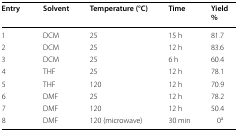
<table><thead><tr><td><b>Entry</b></td><td><b>Solvent</b></td><td><b>Temperature (°C)</b></td><td><b>Time</b></td><td><b>Yield %</b></td></tr></thead><tbody><tr><td>1</td><td>DCM</td><td>25</td><td>15 h</td><td>81.7</td></tr><tr><td>2</td><td>DCM</td><td>25</td><td>12 h</td><td>83.6</td></tr><tr><td>3</td><td>DCM</td><td>25</td><td>6 h</td><td>60.4</td></tr><tr><td>4</td><td>THF</td><td>25</td><td>12 h</td><td>78.1</td></tr><tr><td>5</td><td>THF</td><td>120</td><td>12 h</td><td>70.9</td></tr><tr><td>6</td><td>DMF</td><td>25</td><td>12 h</td><td>78.2</td></tr><tr><td>7</td><td>DMF</td><td>120</td><td>12 h</td><td>50.4</td></tr><tr><td>8</td><td>DMF</td><td>120 (microwave)</td><td>30 min</td><td>0<sup>a</sup></td></tr></tbody></table>